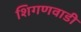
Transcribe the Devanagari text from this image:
शिगणवाडी